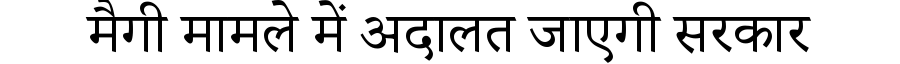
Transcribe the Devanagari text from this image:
मैगी मामले में अदालत जाएगी सरकार